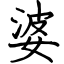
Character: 婆